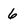
Character: 6